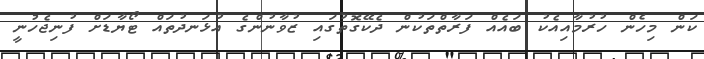
ކަން މިހެން ހުރުމާއިއެކު ބައެއް ފަރާތްތަކުން ދެކޭގޮތުގައި ޒުވާނުންގެ އުޅަނދުތައް ޓޯޔާޑަށް ފުނިޖެހުނީ